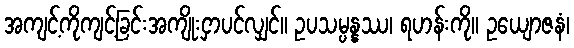
အကျင့်ကိုကျင့်ခြင်းအကျိုးငှာပင်လျှင်။ ဥပသမ္ပန္နဿ၊ ရဟန်းကို။ ဥယျောဇနံ၊